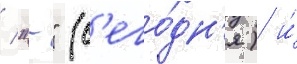
/ "-" (с'его́дн'я) и́